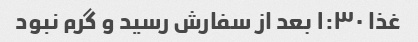
غذا ١:٣٠ بعد از سفارش رسید و گرم نبود